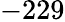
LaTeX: -229